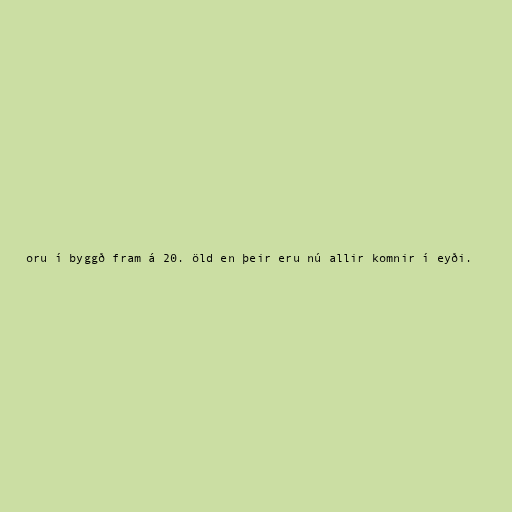
oru í byggð fram á 20. öld en þeir eru nú allir komnir í eyði.